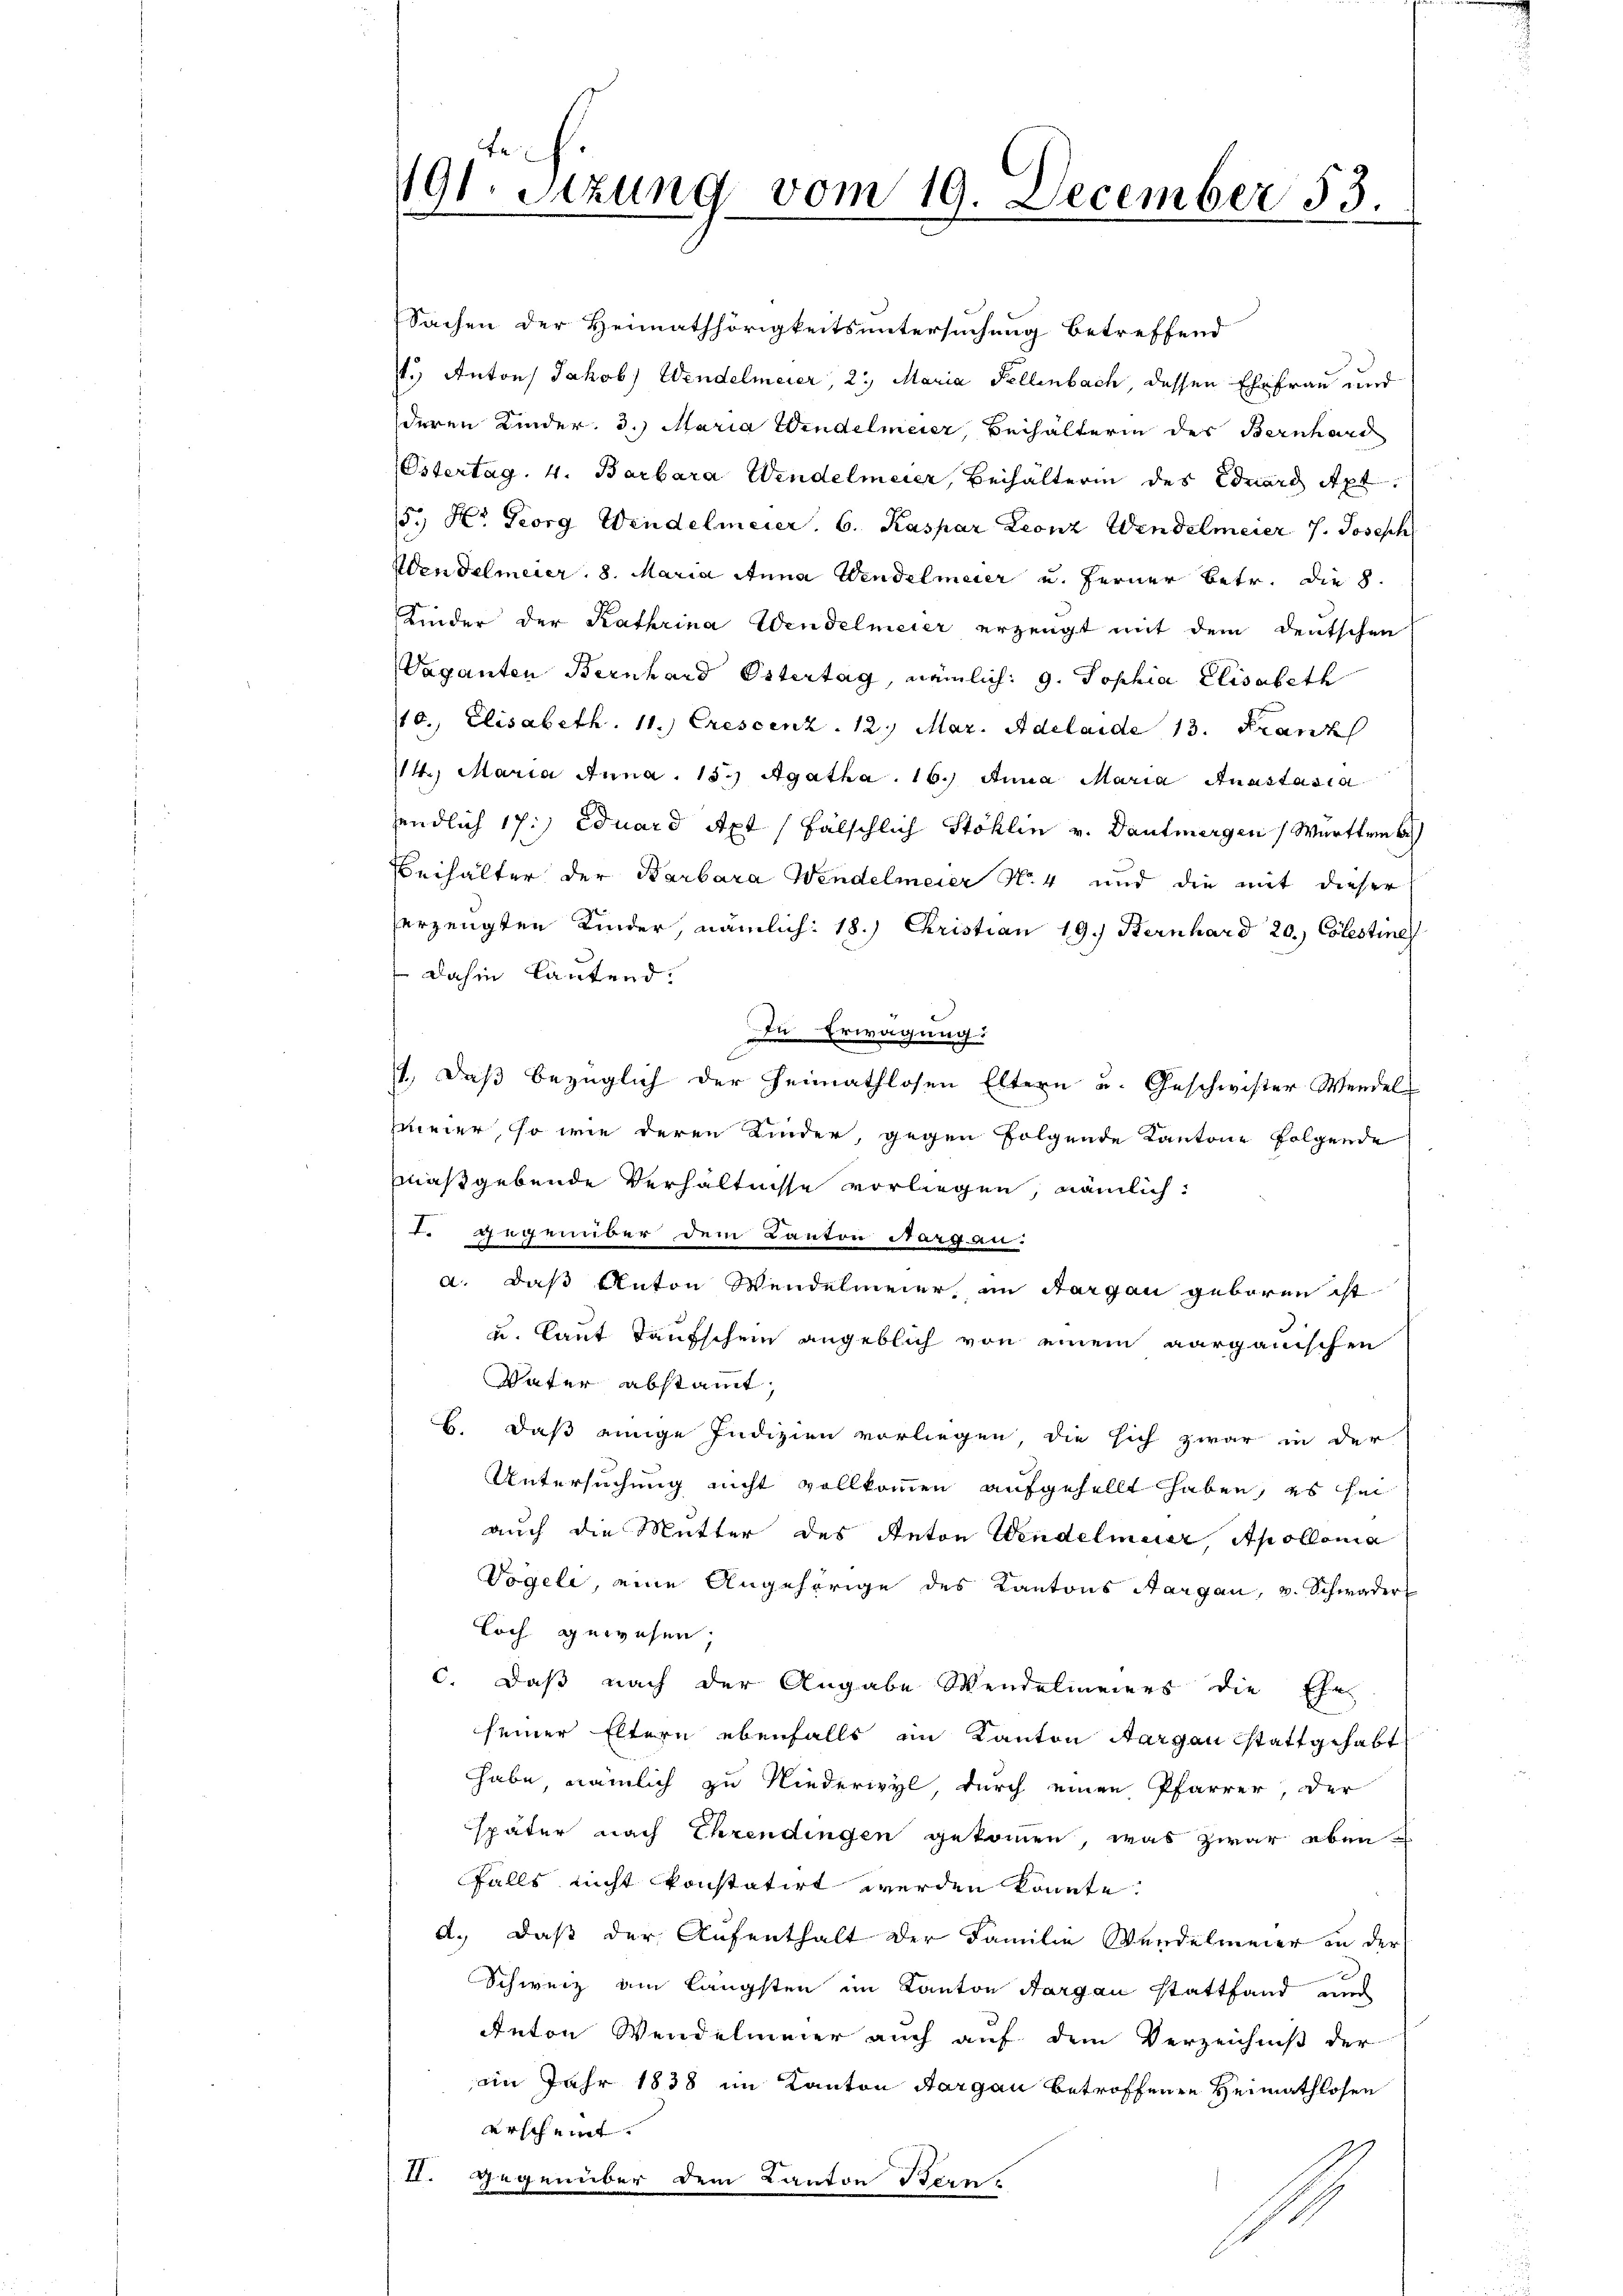
191. Sitzung vom 19. December 53.

Sachen der Heimathörigkeitsuntersuchung betreffend
.) Antons Jakob) Wendelmeier, 2. Maria Fellenbach, dessen Ehefrau und
deren Kinder. 3.) Maria Windelmeier, Beihälterin des Bernhard
Östertag. 4. Barbara Windelmeier, Beihälterin des Eduard Apt
5., Hr. Georg Windelmeier. 6. Kaspar Leonz Windelmeier J. Joseph
Wendelmeier, 8. Maria Anna Wendelmeier u. ferner betr. die 8.
Kinder der Kathrina Wendelmeier erzeugt mit dem deutschen
Vaganten Bernhard Ostertag, nämlich: 9. Sophia Elisabeth
/10. Elisabeth. 11.) Erescenz. 12. Mar. Adelaide 13. Franz
14. Maria Anna. 15. Agatha. 16.) Anna Maria Anastasia
endlich 17:) Eduard Axt / fälschlich Stoklin v. Dantmergen Württem be
Beihalter der Barbara Wendelmeier N. 4 und die mit dieser
erzeugten Kinder, nämlich: 18.) Christian 19. Bernhard 20.) Colestine
 Dahin lautend.
In Erwägung
1.) Daß bezüglich der Heimathlosen Eltern u. Geschwister Wendel
Immer, so wie deren Kinder, gegen folgende Kantone folgende
maßgebende Verhältnisse vorliegen, nämlich:
I. gegenüber dem Kanton Narg an-
a. daß Anton Wendelmeier, im Sargau geboren ist.
u. laut Taufschein angeblich von einem aargauischen
Vater abstamt,
B. daß einige Indizien vorliegen, die sich zwar in der
Untersuchung nicht vollkommen aufgehellt haben, es hin
auch die Mutter des Anton Wendelmeer, Apollonia
Vögeli, eine Angehörige des Kantons Aargau, v. Schwader
Loch gewesen.
c. daß nach der Angabe Wendelmeiers die Ehe-
seiner Eltern ebenfalls an Kanton Aargau Stattgehabt
habe, nämlich zu Niederwyl, durch einen Pfarrer, der
später nach Ehrendingen gekommen, was zwar eben
falls nicht konstatirt werden könnte.
a. daß der Aufenthalt der Familie Wandelmeier in der
Schweiz am längsten im Kanton Aargau stattfand und
Anton Wendelmeier auch auf dem Verzeichniß der
im Jahr 1838 im Kanton Aargau betroffenen Heimathlosen
erscheint.
II. Gegenüber dem Kanton Bern,
1